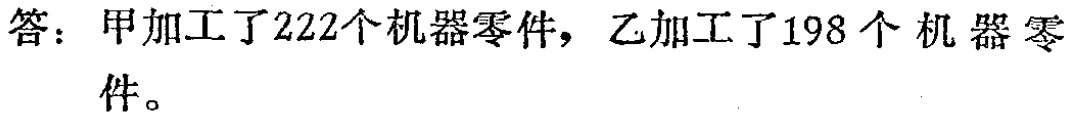
答：甲加工了222个机器零件，乙加工了198个机器零件。